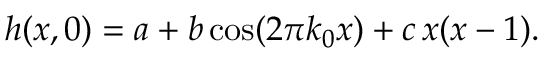
\begin{array} { r } { h ( x , 0 ) = a + b \cos ( 2 \pi k _ { 0 } x ) + c \, x ( x - 1 ) . } \end{array}